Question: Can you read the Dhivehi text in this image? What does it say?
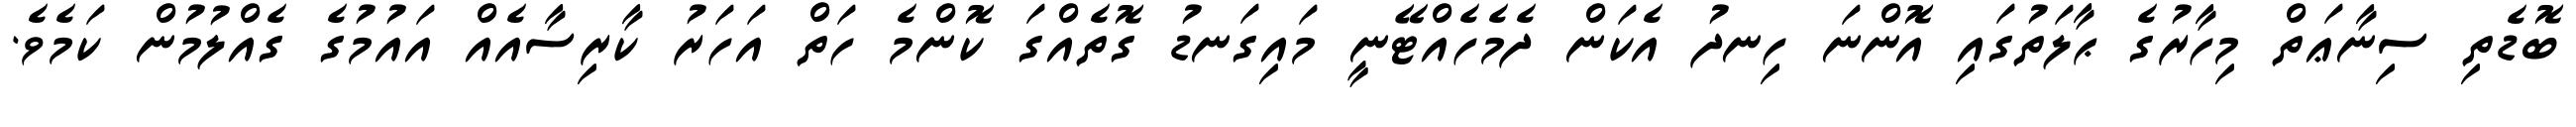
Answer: ބޮޑެތި ސިނާޢަތް މިހާރުގެ ޙާލަތުގައި އޮންނަ ހިނދު އެކަން ދެމެހެއްޓޭނީ މައިގަނޑު ގޮތެއްގަ ކޮންމެ ހަތް އަހަރު ކާރިސާއެއް އައުމުގެ ގެއްލުމުން ކަމެވެ.